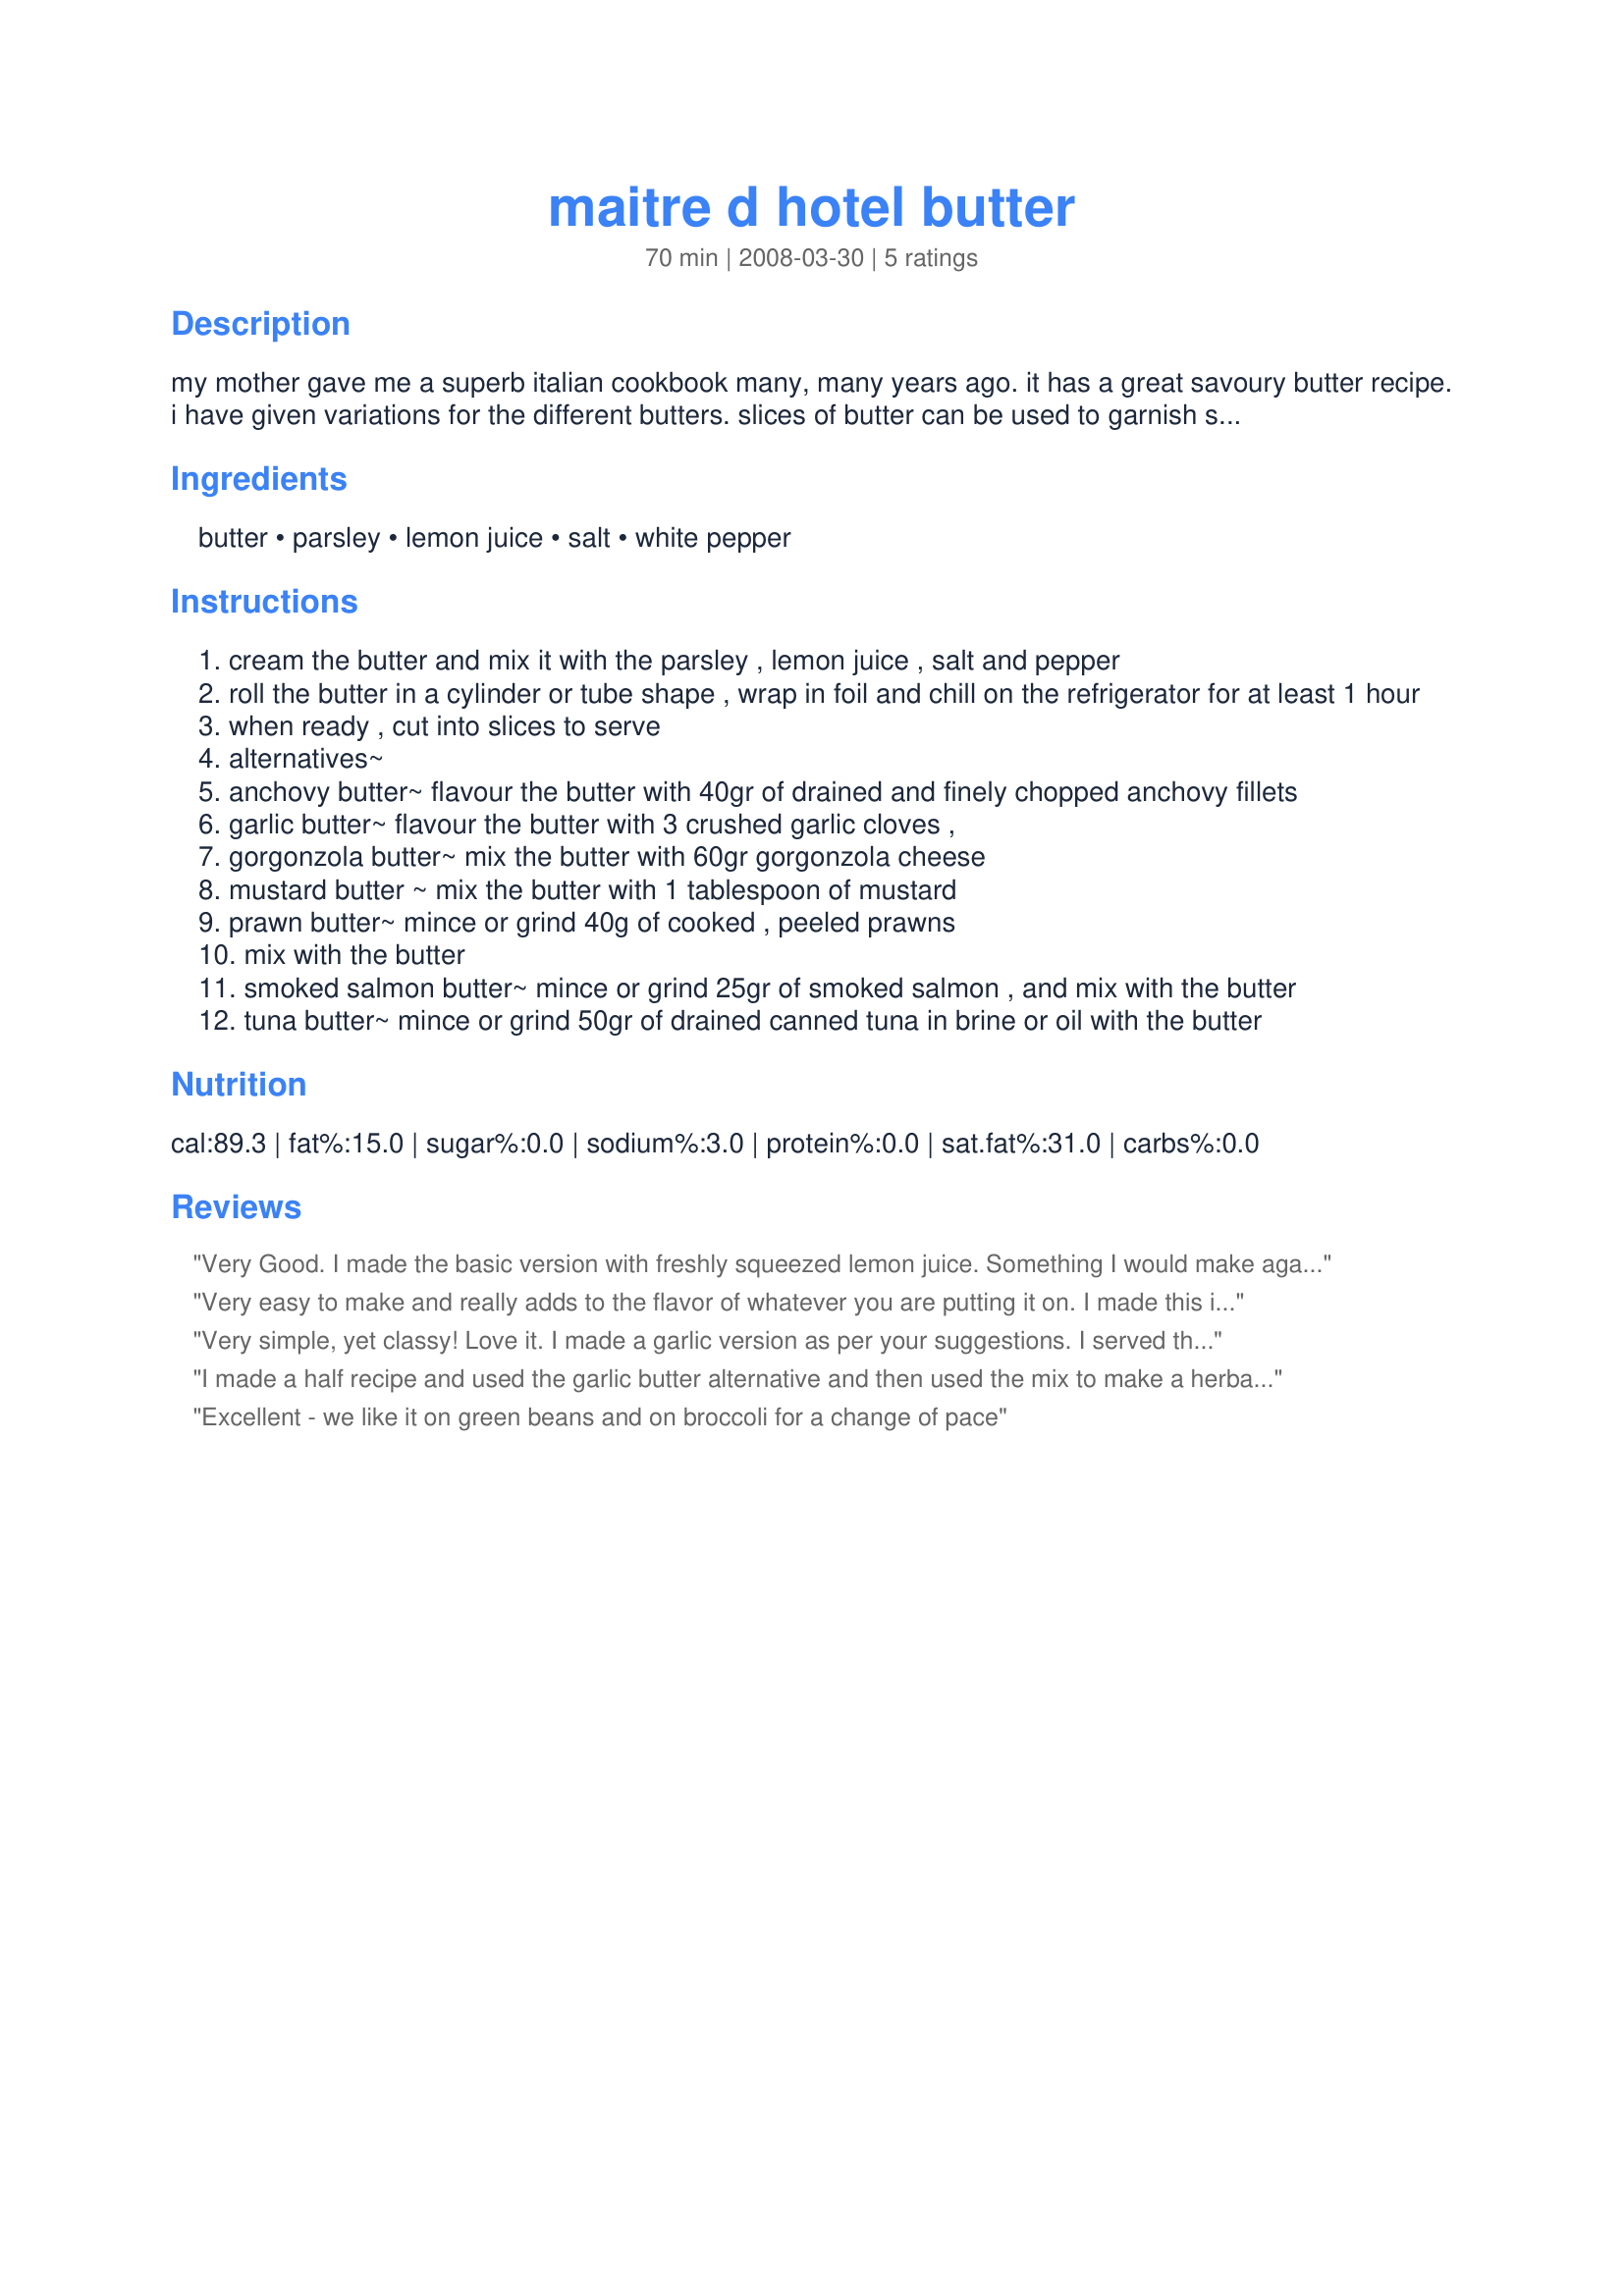
maitre d hotel butter
Preparation time: 70 minutes

my mother gave me a superb italian cookbook many, many years ago.
it has a great savoury butter recipe. i have given variations for the different butters. slices of butter can be used to garnish steaks, chops, chicken, fish or vegetables and i have also used it in sandwiches and canapes. and best of all it can be frozen!

Ingredients:
butter, parsley, lemon juice, salt, white pepper

Steps:
cream the butter and mix it with the parsley , lemon juice , salt and pepper
roll the butter in a cylinder or tube shape , wrap in foil and chill on the refrigerator for at least 1 hour
when ready , cut into slices to serve
alternatives~
anchovy butter~ flavour the butter with 40gr of drained and finely chopped anchovy fillets
garlic butter~ flavour the butter with 3 crushed garlic cloves ,
gorgonzola butter~ mix the butter with 60gr gorgonzola cheese
mustard butter ~ mix the butter with 1 tablespoon of mustard
prawn butter~ mince or grind 40g of cooked , peeled prawns
mix with the butter
smoked salmon butter~ mince or grind 25gr of smoked salmon , and mix with the butter
tuna butter~ mince or grind 50gr of drained canned tuna in brine or oil with the butter

Reviews:
Very Good. I made the basic version with freshly squeezed lemon juice. Something I would make again. Made for MAKE MY RECIPE Tag Game Ed't 10.
Very easy to make and really adds to the flavor of whatever you are putting it on. I made this into the garlic butter version by adding minced garlic. I used this flavorful butter on mashed potatoes, green beans and even broccoli. All were yummy. I can't wait to try this on a nice grilled steak. Made for June 2011 Aus/NZ Swap.
Very simple, yet classy! Love it. I made a garlic version as per your suggestions. I served this atop garlic mashed potatoes last evening and have some leftover to serve at a dinner party we are hosting Saturday evening! Made for MAKE MY RECIPE. THANKS
I made a half recipe and used the garlic butter alternative and then used the mix to make a herbal/garlic bread which we had with spaghetti and meatballs and salad and was enjoyed by all, thank you Tisme made for Make My Recipe tag game.
Excellent - we like it on green beans and on broccoli for a change of pace
